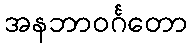
အနဘာဝင်္ဂတော